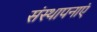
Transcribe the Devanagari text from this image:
संस्थापनाएं